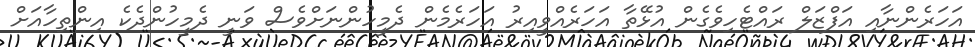
އަހަރެންނާއި އަފްޒަލް ރައްޓެހިވެގެން އުޅޭތާ އަހަރެއްވީއިރު އަހަރެމެން ދެމީހުންނަށްވެސް ވަނީ ދެމީހުންދެކެ އިންތިހާއަށް